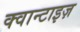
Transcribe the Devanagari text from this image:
क्वान्टाइज़